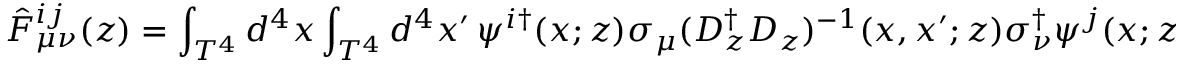
\hat { F } _ { \mu \nu } ^ { i j } ( z ) = \int _ { T ^ { 4 } } d ^ { 4 } x \int _ { T ^ { 4 } } d ^ { 4 } x ^ { \prime } \, \psi ^ { i } { } ^ { \dagger } ( x ; z ) \sigma _ { \mu } ( D _ { z } ^ { \dagger } D _ { z } ) ^ { - 1 } ( x , x ^ { \prime } ; z ) \sigma _ { \nu } ^ { \dagger } \psi ^ { j } ( x ; z ) - [ \mu \leftrightarrow \nu ] .